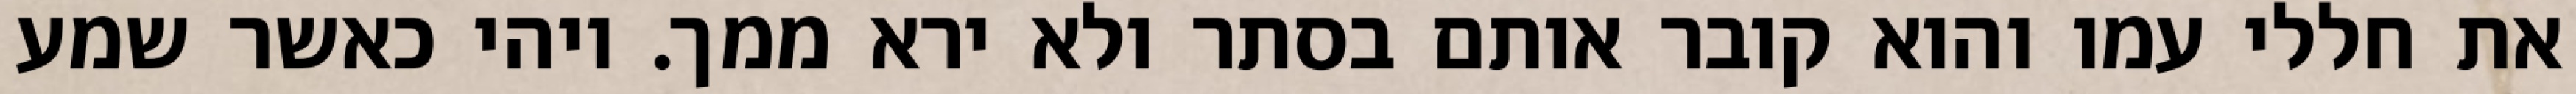
את חללי עמו והוא קובר אותם בסתר ולא ירא ממך. ויהי כאשר שמע